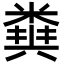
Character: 𥻪